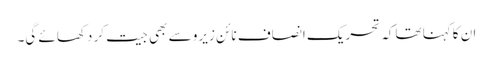
ان کاکہنا تھاکہ تحریک انصاف نائن زیرو سے بھی جیت کر دکھائے گی۔